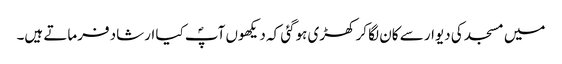
میں مسجد کی دیوار سے کان لگا کر کھڑی ہوگئی کہ دیکھوں آپؐ کیا ارشاد فرماتے ہیں۔